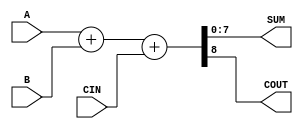
module ParameterizedAdder #(
    parameter WIDTH = 8  // Default width is set to 8 bits
)(
    input  wire [WIDTH-1:0] A,      // First operand
    input  wire [WIDTH-1:0] B,      // Second operand
    input  wire CIN,                 // Carry-in (optional)
    output wire [WIDTH-1:0] SUM,     // Sum output
    output wire COUT                 // Carry-out (optional)
);

    // Internal wire for the full addition
    wire [WIDTH:0] full_sum; // To hold the sum and the carry out

    // Perform the addition with carry-in
    assign full_sum = {1'b0, A} + {1'b0, B} + CIN; // Zero-extend A and B to WIDTH+1
    assign SUM = full_sum[WIDTH-1:0]; // Assign the lower WIDTH bits to SUM
    assign COUT = full_sum[WIDTH]; // Assign the carry-out (most significant bit)

endmodule